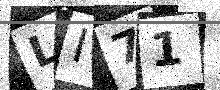
Text: LI71